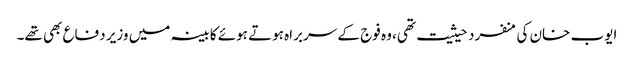
ایوب خان کی منفرد حیثیت تھی، وہ فوج کے سربراہ ہوتے ہوئے کابینہ میں وزیر دفاع بھی تھے۔